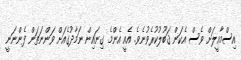
އިސްމާޢީލަށް ވެސް އެކަން ޤަބޫލުކުރެވުނެވެ. އެއީ އެންމެ ގިނައިން ނަމާދުގެއަށް ވަންނަތަން ފެންނަނީ